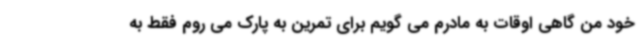
خود من گاهی اوقات به مادرم می گویم برای تمرین به پارک می روم فقط به